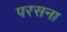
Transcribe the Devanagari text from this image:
परसना